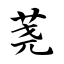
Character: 荛